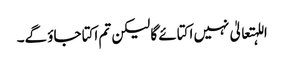
اللہتعالیٰ نہیں اکتائے گا لیکن تم اکتا جاؤ گے۔